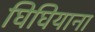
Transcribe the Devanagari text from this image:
घिघियाना